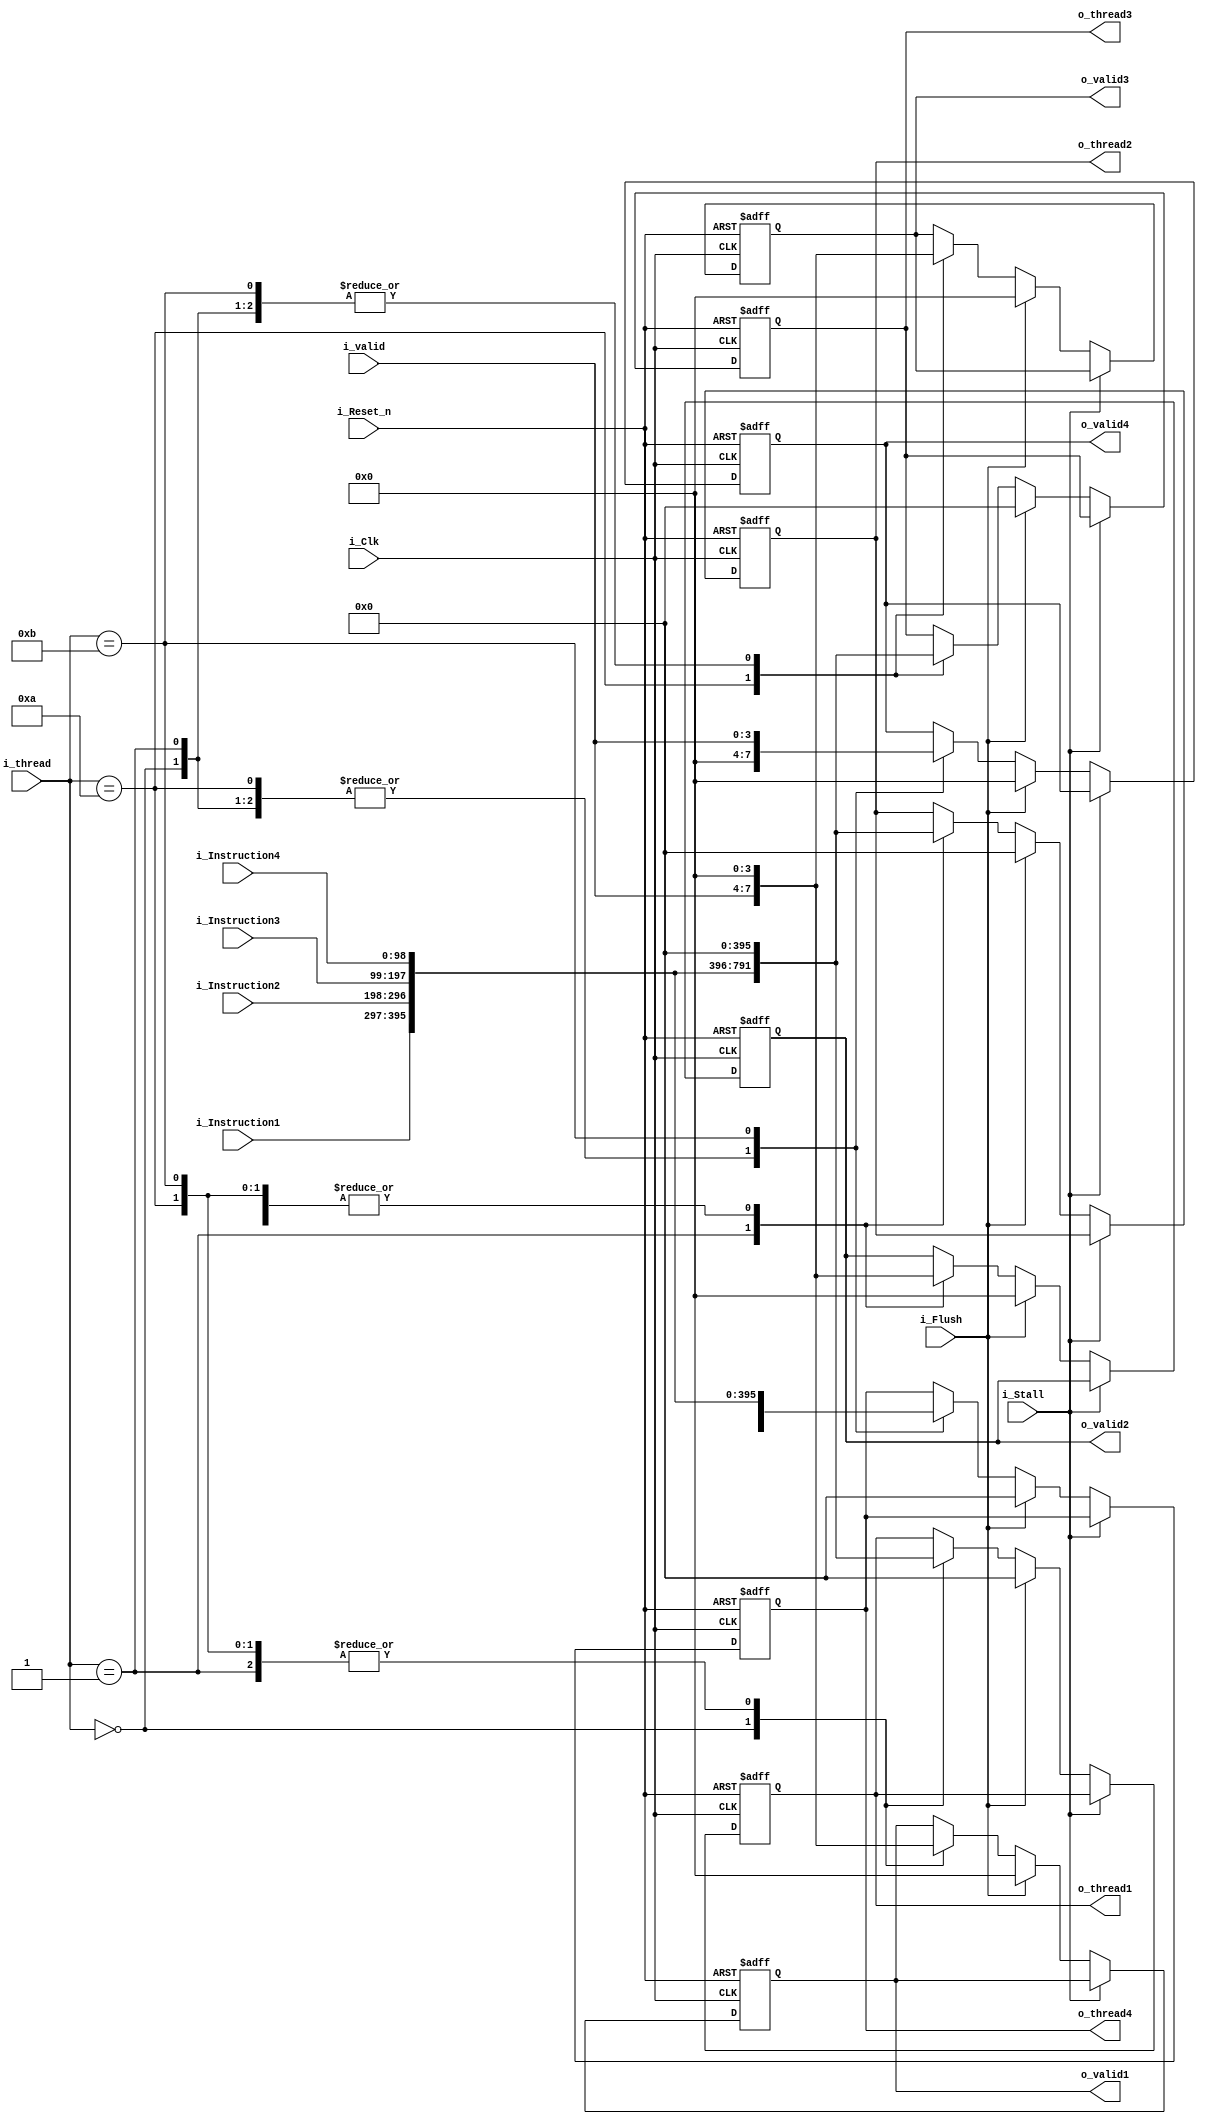
module demux 	#(
						parameter ADDRESS_WIDTH = 32,
						parameter ISN_WIDTH = 99
					)
					(
						// Inputs
						input i_Clk,
						input i_Reset_n,	// Async reset (highest priority)
						input i_Flush,			// Flush (lowest priority)
						input i_Stall,		// Stall (2nd highest priority)
						
						input [ADDRESS_WIDTH-1:0] i_thread,
						input [3:0] i_valid,	//for instructions
						
						input [ISN_WIDTH-1:0] i_Instruction1,
						input [ISN_WIDTH-1:0] i_Instruction2,
						input [ISN_WIDTH-1:0] i_Instruction3,
						input [ISN_WIDTH-1:0] i_Instruction4,
						
						output reg [4*ISN_WIDTH-1:0] o_thread1,
						output reg [4*ISN_WIDTH-1:0] o_thread2,
						output reg [4*ISN_WIDTH-1:0] o_thread3,
						output reg [4*ISN_WIDTH-1:0] o_thread4,
						
						output reg [3:0] o_valid1,
						output reg [3:0] o_valid2,
						output reg [3:0] o_valid3,
						output reg [3:0] o_valid4
						
					);

		// Asynchronous output driver
	always @(posedge i_Clk or negedge i_Reset_n)
	begin
	if( !i_Reset_n )
		begin
			// Initialize outputs to 0s
			o_thread1 <= 0;
			o_thread2 <= 0;
			o_thread3 <= 0;
			o_thread4 <= 0;
			
			o_valid1 <= 0;
			o_valid2 <= 0;
			o_valid3 <= 0;
			o_valid4 <= 0;
		end
		else
		begin
			if( !i_Stall )
			begin
				if( i_Flush )
				begin
					o_thread1 <= 0;
					o_thread2 <= 0;
					o_thread3 <= 0;
					o_thread4 <= 0;
					
					o_valid1 <= 0;
					o_valid2 <= 0;
					o_valid3 <= 0;
					o_valid4 <= 0;
				end
				else
				begin
					case(i_thread)
						00:
						begin
							o_thread1 <= {i_Instruction1, i_Instruction2, i_Instruction3, i_Instruction4};
							o_thread2 <= 0;
							o_thread3 <= 0;
							o_thread4 <= 0;
							
							o_valid1 <= i_valid;
							o_valid2 <= 0;
							o_valid3 <= 0;
							o_valid4 <= 0;
						end
						
						01:
						begin
							o_thread1 <= 0;
							o_thread2 <= {i_Instruction1, i_Instruction2, i_Instruction3, i_Instruction4};
							o_thread3 <= 0;
							o_thread4 <= 0;
							
							o_valid1 <= 0;
							o_valid2 <= i_valid;
							o_valid3 <= 0;
							o_valid4 <= 0;
						end
						
						10:
						begin
							o_thread1 <= 0;
							o_thread2 <= 0;
							o_thread3 <= {i_Instruction1, i_Instruction2, i_Instruction3, i_Instruction4};
							o_thread4 <= 0;
							
							o_valid1 <= 0;
							o_valid2 <= 0;
							o_valid3 <= i_valid;
							o_valid4 <= 0;
						end
						
						11:
						begin
							o_thread1 <= 0;
							o_thread2 <= 0;
							o_thread3 <= 0;
							o_thread4 <= {i_Instruction1, i_Instruction2, i_Instruction3, i_Instruction4};
							
							o_valid1 <= 0;
							o_valid2 <= 0;
							o_valid3 <= 0;
							o_valid4 <= i_valid;
						end
					endcase
				end
			end	
		end
	end
	
	endmodule